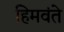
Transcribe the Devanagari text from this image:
हिमवंते